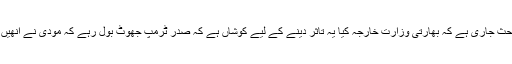
مثلا سوشل میڈیا پر یہ بحث جاری ہے کہ بھارتی وزارت خارجہ کیا یہ تاثر دینے کے لیے کوشاں ہے کہ صدر ٹرمپ جھوٹ بول رہے کہ مودی نے انھیں ثالث کی درخواست کی۔